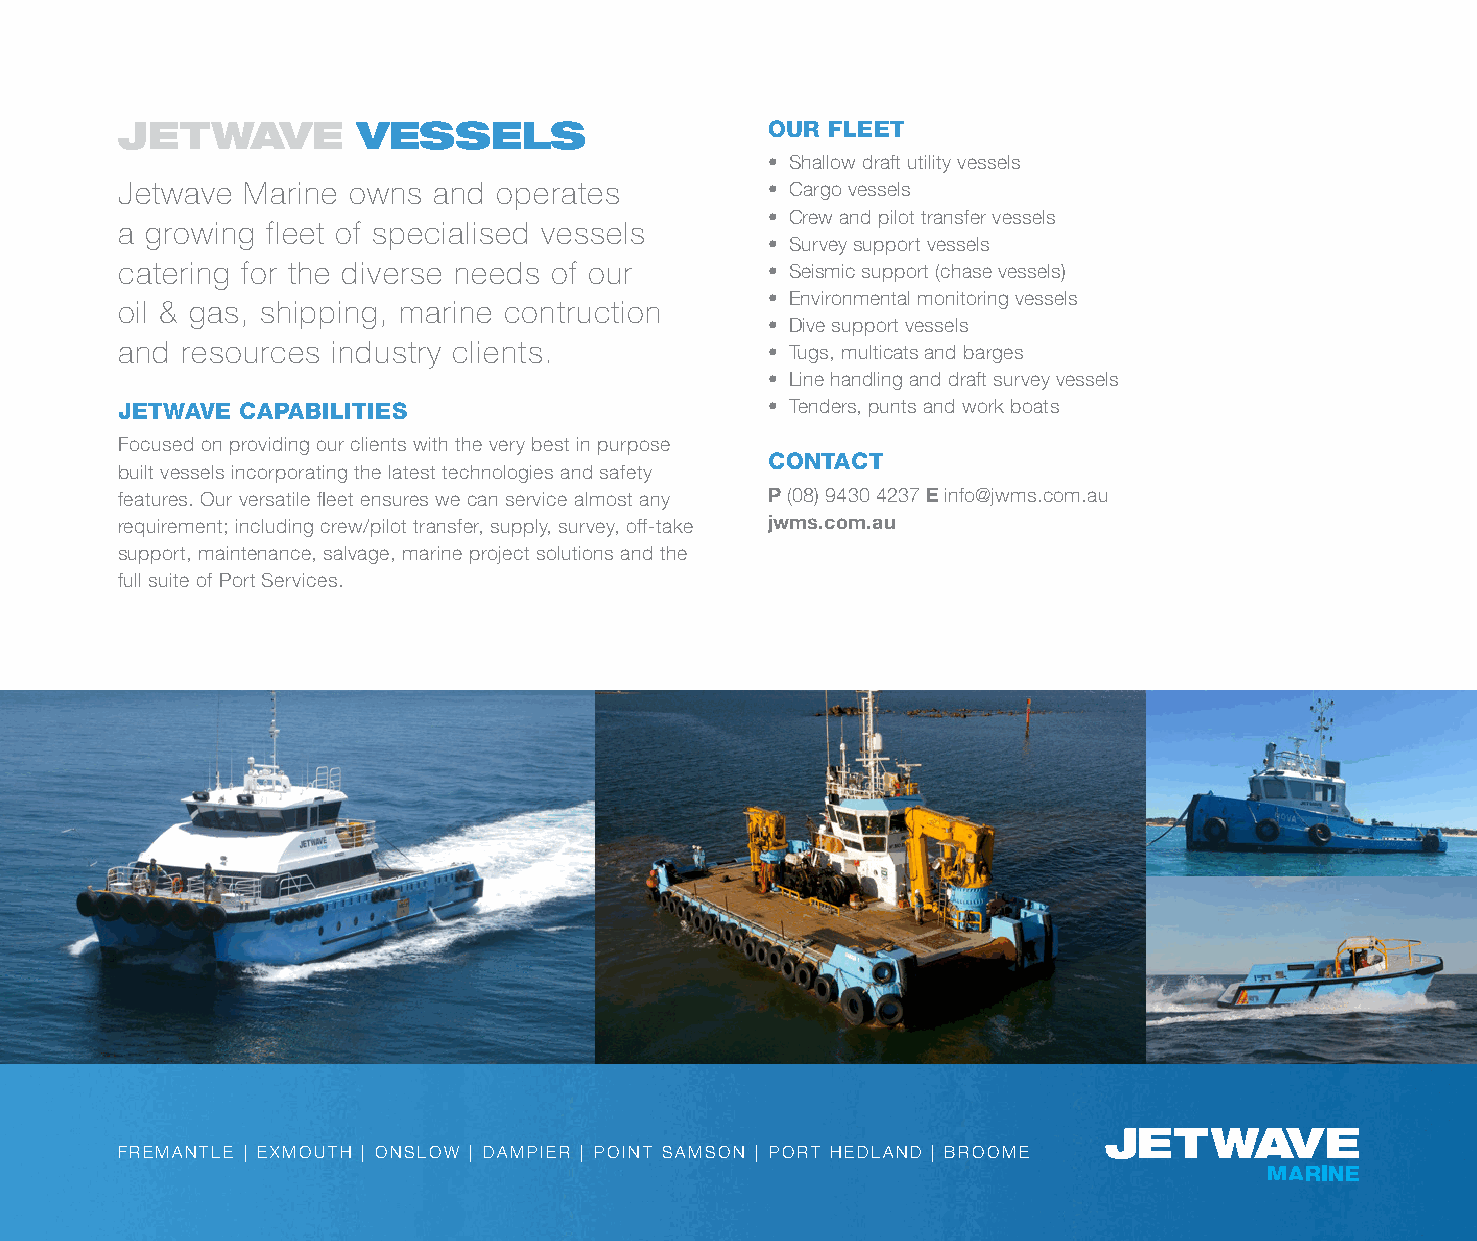
JETWAVE         VESSELS                    OUR FLEET
 • Shallow draft utility vessels
 Jetwave Marine owns  and operates          • Cargo vessels
 • Crew and pilot transfer vessels
 a growing fleet of specialised vessels
 • Survey support vessels
 catering for the diverse needs of our      • Seismic support (chase vessels)
 • Environmental monitoring vessels
 oil & gas, shipping, marine contruction
 • Dive support vessels
 and resources industry clients.            • Tugs, multicats and barges
 • Line handling and draft survey vessels
 JETWAVE CAPABILITIES                       • Tenders, punts and work boats
 Focused on providing our clients with the very best in purpose
 CONTACT
 built vessels incorporating the latest technologies and safety
 features. Our versatile fleet ensures we can service almost any P (08) 9430 4237 E info@jwms.com.au
 requirement; including crew/pilot transfer, supply, survey, off-take jwms.com.au
 support, maintenance, salvage, marine project solutions and the
 full suite of Port Services.
 FREMANTLE | EXMOUTH | ONSLOW | DAMPIER | POINT SAMSON | PORT HEDLAND | BROOME